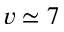
v \simeq 7